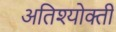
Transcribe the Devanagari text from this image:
अतिश्योक्ती